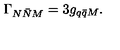
\Gamma _ { N \bar { N } M } = 3 g _ { q \bar { q } M } .